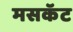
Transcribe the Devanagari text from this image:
मसकॅट